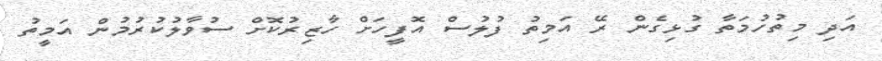
އަދި މިތުހުމަތާ ގުޅިގެން ރޭ އަމިތު ފުލުސް އޮފީހަށް ހާޒިރުކޮށް ސުވާލުކުރުމުން އަމީތު